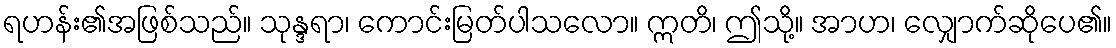
ရဟန်း၏အဖြစ်သည်။ သုန္ဒရာ၊ ကောင်းမြတ်ပါသလော။ ဣတိ၊ ဤသို့။ အာဟ၊ လျှောက်ဆိုပေ၏။